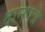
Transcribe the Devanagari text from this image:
दानपत्रे